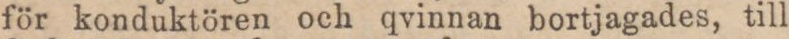
för konduktören och qvinnan bortjagades, till